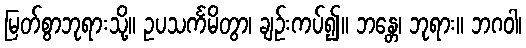
မြတ်စွာဘုရားသို့။ ဥပသင်္ကမိတွာ၊ ချဉ်းကပ်၍။ ဘန္တေ၊ ဘုရား။ ဘဂဝါ၊